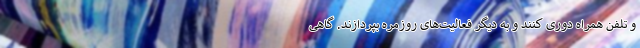
و تلفن‌ همراه دوری کنند و به دیگر فعالیت‌های روزمره بپردازند. گاهی